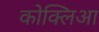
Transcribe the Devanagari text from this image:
कोक्लिआ